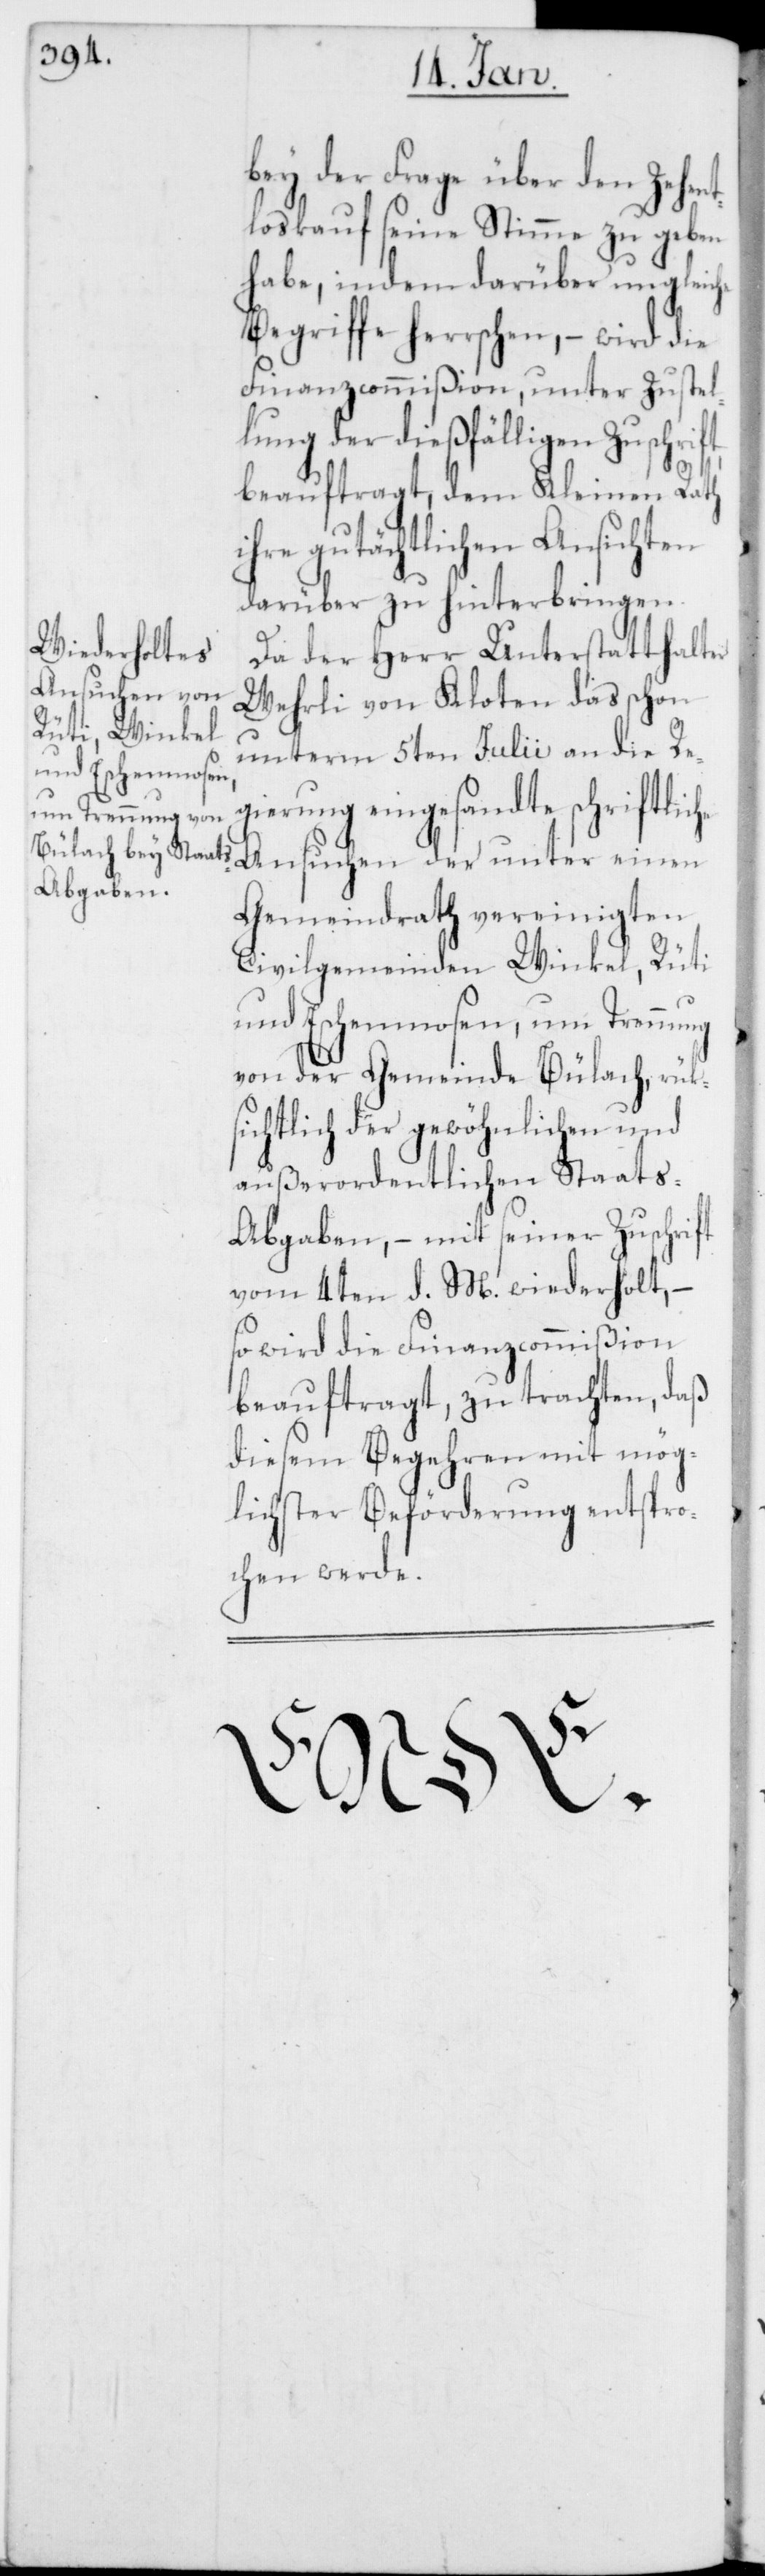
bey der Frage über den Zehen¬
tloskauf seine Stimme zu geben
habe, indem darüber ungleic¬
Begriffe herrschen, – wird die
Finanzcommißion, unter Zustel¬
lung der dießfälligen Zuschrift
beauftragt, dem Kleinen Rath
ihre gutächtlichen Ansichten
darüber zu hinterbringen.
Da der Herr Unterstatthalter
Ansuchen der
Wehrli von Kloten das schon
unterm 5ten Julii an die Re¬
gierung eingesandte schriftlic¬
Gemeindrath vereinigten
Civilgemeinden Winkel, Rüti
und Eschenmosen, um Trennung
von der Gemeinde Bülach, rük¬
sichtlich der gewöhnlichen und
außerordentlichen Staat¬
s-Abgaben, – mit seiner Zuschrift
vom 4ten d. M. wiederholt, –
so wird die Finanzcommißion
beauftragt, zu trachten, daß
diesem Begehren mit mög¬
lichster Beförderung entspro¬
chen werde.
he